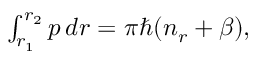
\begin{array} { r } { \int _ { r _ { 1 } } ^ { r _ { 2 } } p \, d r = \pi \hbar ( n _ { r } + \beta ) , } \end{array}